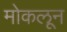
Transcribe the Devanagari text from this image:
मोकलून